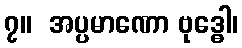
၇။  အပ္ပမာဏော ဗုဒ္ဓေါ၊